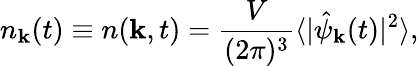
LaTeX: n_{\mathbf k}(t)\equiv n({\mathbf k},t)=\frac{V}{(2\pi)^{3}}\langle|\hat{\psi}_{\mathbf k}(t)|^{2}\rangle,